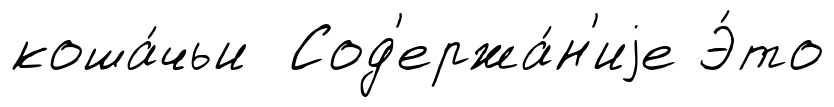
коша́чьи Сод'ержа́н'иjе Э́то